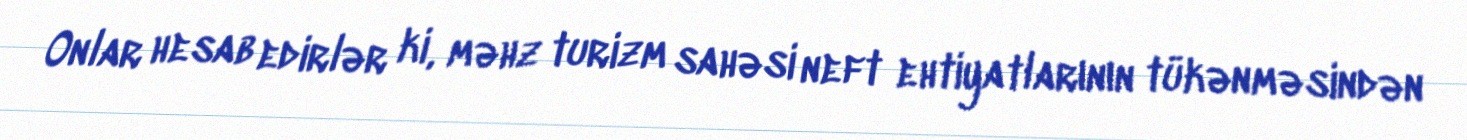
Onlar hesab edirlər ki, məhz turizm sahəsi neft ehtiyatlarının tükənməsindən